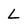
Character: L